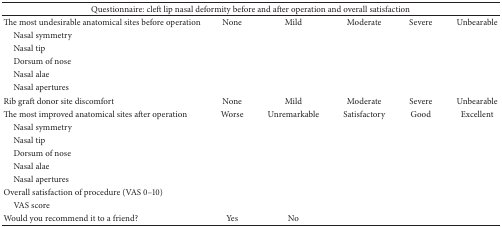
<table><thead><tr><td colspan="6"><b>Questionnaire: cleft lip nasal deformity before and after operation and overall satisfaction</b></td></tr></thead><tbody><tr><td>The most undesirable anatomical sites before operation</td><td>None</td><td>Mild</td><td>Moderate</td><td>Severe</td><td>Unbearable</td></tr><tr><td> Nasal symmetry</td><td> </td><td> </td><td> </td><td> </td><td> </td></tr><tr><td> Nasal tip</td><td> </td><td> </td><td> </td><td> </td><td> </td></tr><tr><td> Dorsum of nose</td><td> </td><td> </td><td> </td><td> </td><td> </td></tr><tr><td> Nasal alae</td><td> </td><td> </td><td> </td><td> </td><td> </td></tr><tr><td> Nasal apertures</td><td> </td><td> </td><td> </td><td> </td><td> </td></tr><tr><td>Rib graft donor site discomfort</td><td>None</td><td>Mild</td><td>Moderate</td><td>Severe</td><td>Unbearable</td></tr><tr><td>The most improved anatomical sites after operation</td><td>Worse</td><td>Unremarkable</td><td>Satisfactory</td><td>Good</td><td>Excellent</td></tr><tr><td> Nasal symmetry</td><td> </td><td> </td><td> </td><td> </td><td> </td></tr><tr><td> Nasal tip</td><td> </td><td> </td><td> </td><td> </td><td> </td></tr><tr><td> Dorsum of nose</td><td> </td><td> </td><td> </td><td> </td><td> </td></tr><tr><td> Nasal alae</td><td> </td><td> </td><td> </td><td> </td><td> </td></tr><tr><td> Nasal apertures</td><td> </td><td> </td><td> </td><td> </td><td> </td></tr><tr><td>Overall satisfaction of procedure (VAS 0–10)</td><td> </td><td> </td><td> </td><td> </td><td> </td></tr><tr><td> VAS score</td><td> </td><td> </td><td> </td><td> </td><td> </td></tr><tr><td>Would you recommend it to a friend?</td><td>Yes</td><td>No</td><td> </td><td> </td><td> </td></tr></tbody></table>